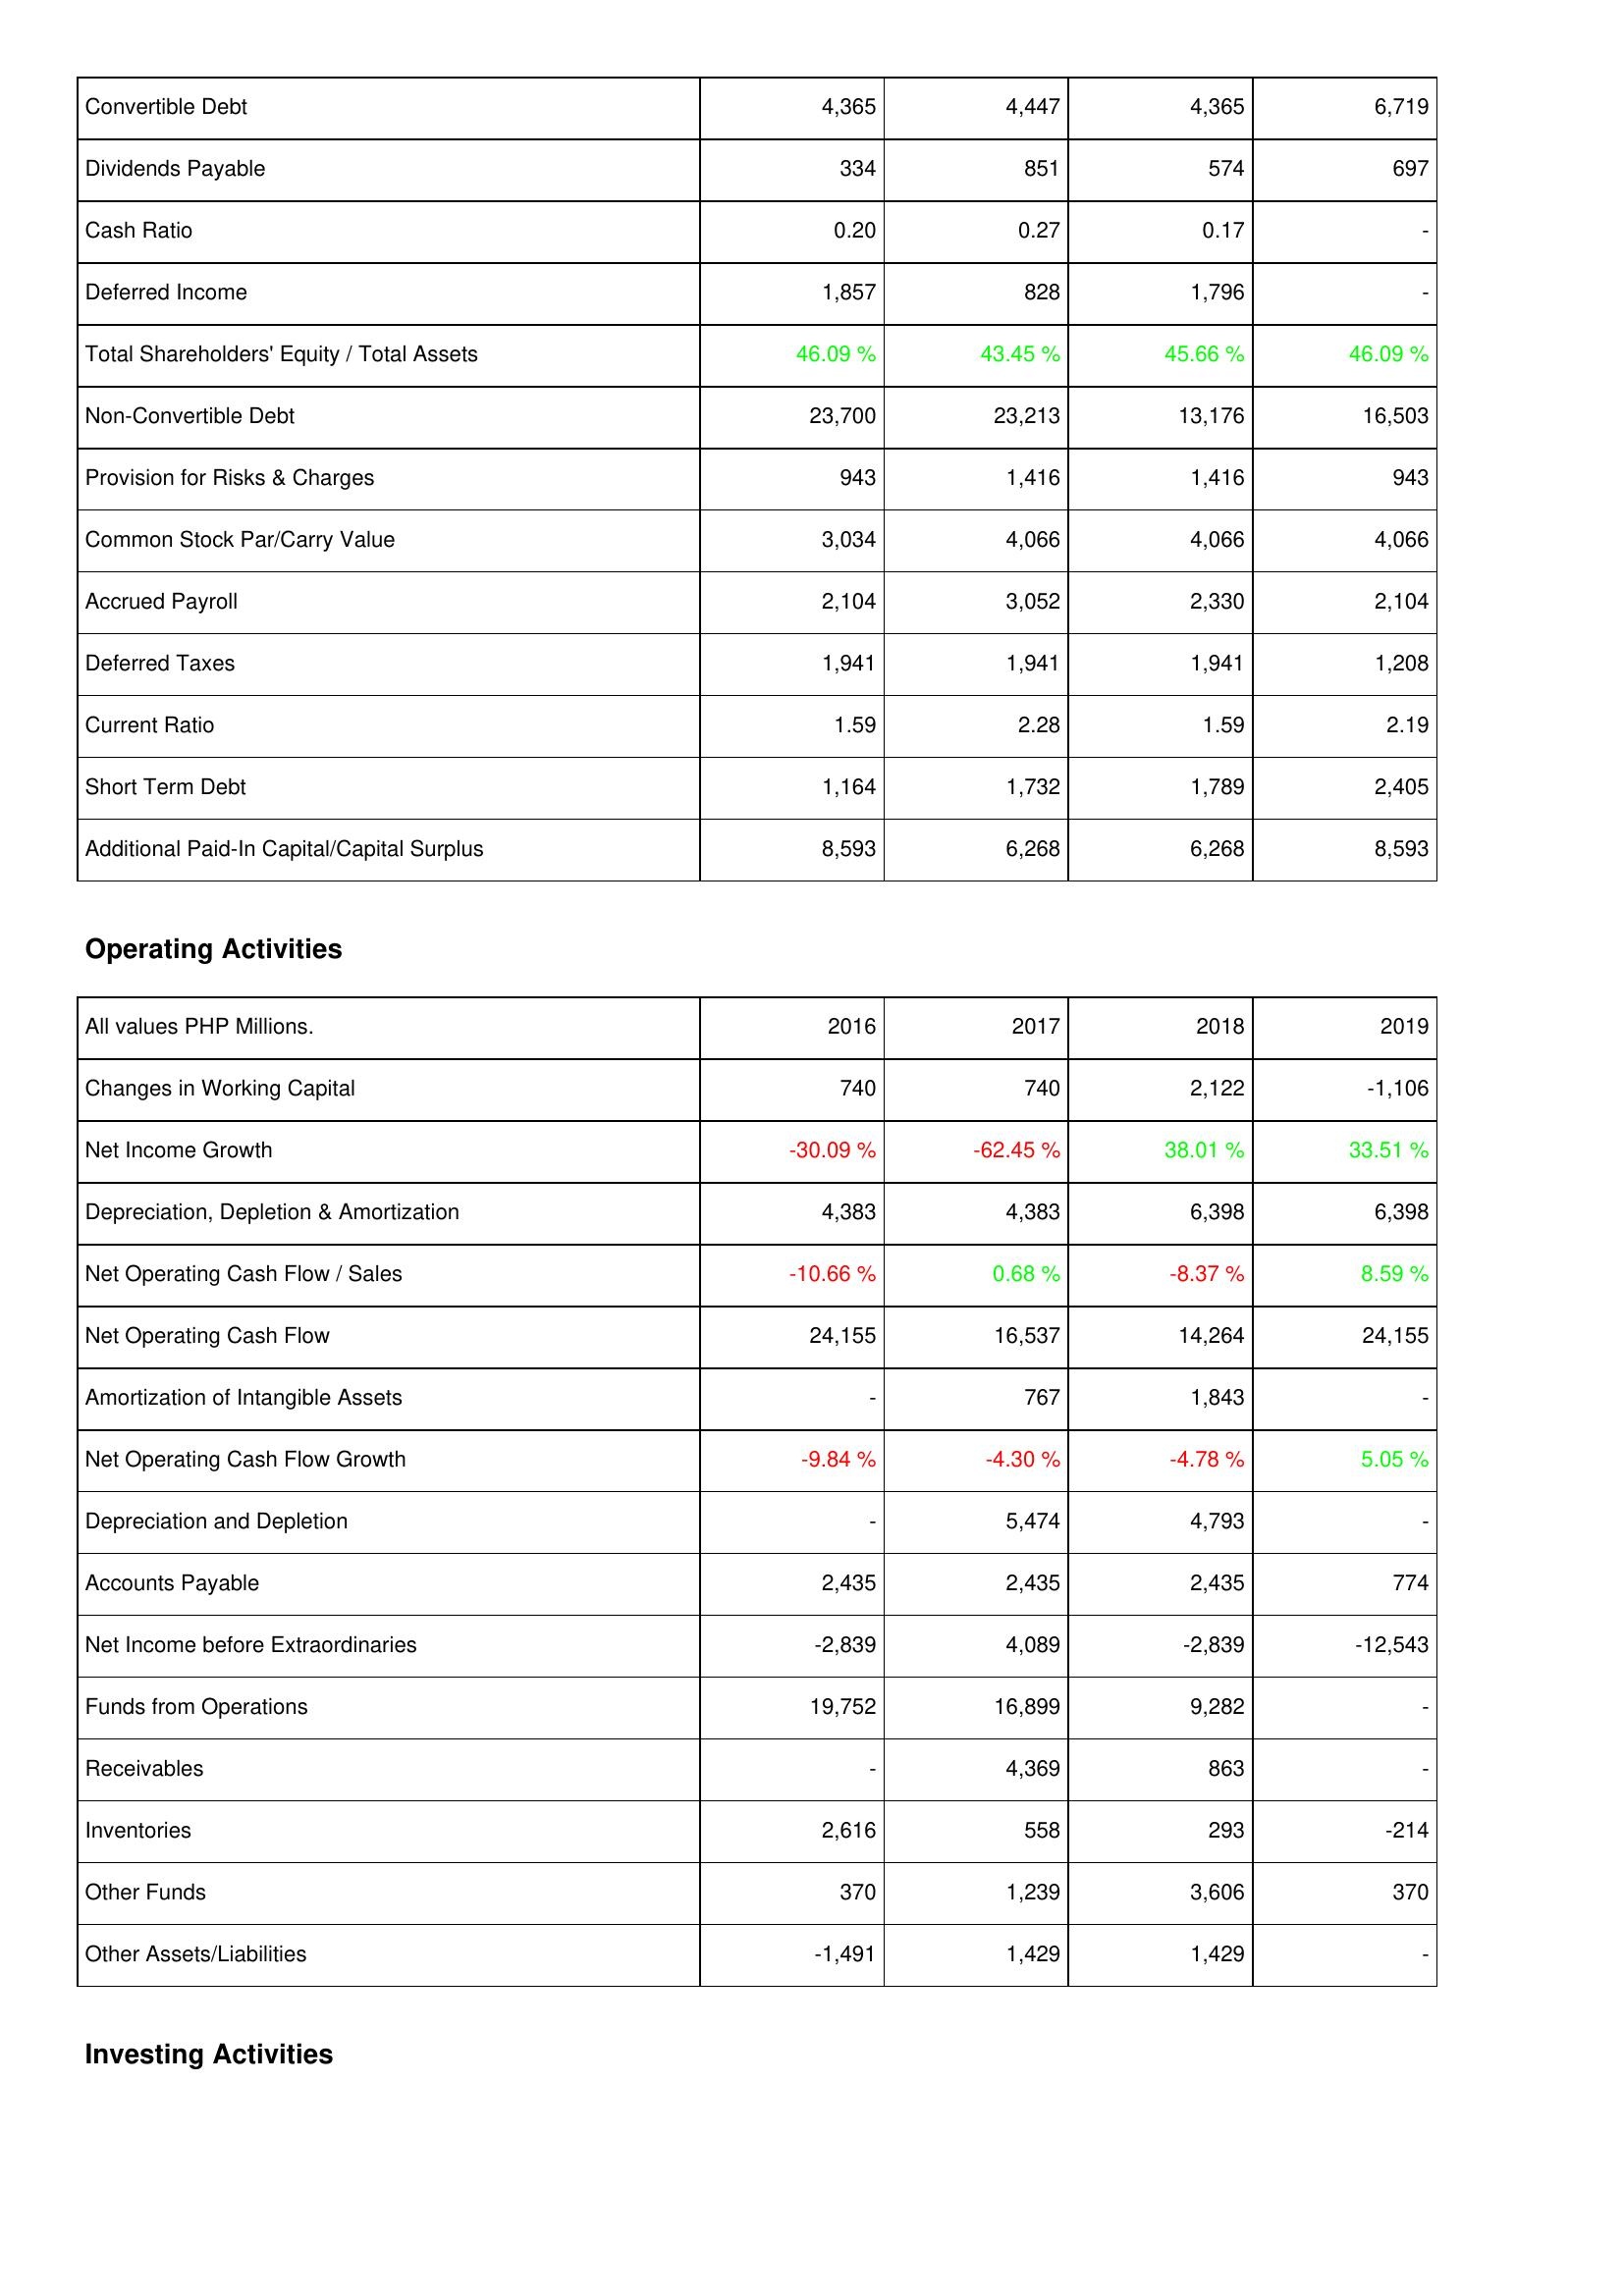
2016: Liabilities & Shareholders' Equity: Convertible Debt: 4,365
Dividends Payable: 334
Cash Ratio: 0.20
Deferred Income: 1,857
Total Shareholders' Equity / Total Assets: 46.09 %
Non-Convertible Debt: 23,700
Provision for Risks & Charges: 943
Common Stock Par/Carry Value: 3,034
Accrued Payroll: 2,104
Deferred Taxes: 1,941
Current Ratio: 1.59
Short Term Debt: 1,164
Additional Paid-In Capital/Capital Surplus: 8,593
Operating Activities: Changes in Working Capital: 740
Net Income Growth: -30.09 %
Depreciation, Depletion & Amortization: 4,383
Net Operating Cash Flow / Sales: -10.66 %
Net Operating Cash Flow: 24,155
Amortization of Intangible Assets: -
Net Operating Cash Flow Growth: -9.84 %
Depreciation and Depletion: -
Accounts Payable: 2,435
Net Income before Extraordinaries: -2,839
Funds from Operations: 19,752
Receivables: -
Inventories: 2,616
Other Funds: 370
Other Assets/Liabilities: -1,491
2017: Liabilities & Shareholders' Equity: Convertible Debt: 4,447
Dividends Payable: 851
Cash Ratio: 0.27
Deferred Income: 828
Total Shareholders' Equity / Total Assets: 43.45 %
Non-Convertible Debt: 23,213
Provision for Risks & Charges: 1,416
Common Stock Par/Carry Value: 4,066
Accrued Payroll: 3,052
Deferred Taxes: 1,941
Current Ratio: 2.28
Short Term Debt: 1,732
Additional Paid-In Capital/Capital Surplus: 6,268
Operating Activities: Changes in Working Capital: 740
Net Income Growth: -62.45 %
Depreciation, Depletion & Amortization: 4,383
Net Operating Cash Flow / Sales: 0.68 %
Net Operating Cash Flow: 16,537
Amortization of Intangible Assets: 767
Net Operating Cash Flow Growth: -4.30 %
Depreciation and Depletion: 5,474
Accounts Payable: 2,435
Net Income before Extraordinaries: 4,089
Funds from Operations: 16,899
Receivables: 4,369
Inventories: 558
Other Funds: 1,239
Other Assets/Liabilities: 1,429
2018: Liabilities & Shareholders' Equity: Convertible Debt: 4,365
Dividends Payable: 574
Cash Ratio: 0.17
Deferred Income: 1,796
Total Shareholders' Equity / Total Assets: 45.66 %
Non-Convertible Debt: 13,176
Provision for Risks & Charges: 1,416
Common Stock Par/Carry Value: 4,066
Accrued Payroll: 2,330
Deferred Taxes: 1,941
Current Ratio: 1.59
Short Term Debt: 1,789
Additional Paid-In Capital/Capital Surplus: 6,268
Operating Activities: Changes in Working Capital: 2,122
Net Income Growth: 38.01 %
Depreciation, Depletion & Amortization: 6,398
Net Operating Cash Flow / Sales: -8.37 %
Net Operating Cash Flow: 14,264
Amortization of Intangible Assets: 1,843
Net Operating Cash Flow Growth: -4.78 %
Depreciation and Depletion: 4,793
Accounts Payable: 2,435
Net Income before Extraordinaries: -2,839
Funds from Operations: 9,282
Receivables: 863
Inventories: 293
Other Funds: 3,606
Other Assets/Liabilities: 1,429
2019: Liabilities & Shareholders' Equity: Convertible Debt: 6,719
Dividends Payable: 697
Cash Ratio: -
Deferred Income: -
Total Shareholders' Equity / Total Assets: 46.09 %
Non-Convertible Debt: 16,503
Provision for Risks & Charges: 943
Common Stock Par/Carry Value: 4,066
Accrued Payroll: 2,104
Deferred Taxes: 1,208
Current Ratio: 2.19
Short Term Debt: 2,405
Additional Paid-In Capital/Capital Surplus: 8,593
Operating Activities: Changes in Working Capital: -1,106
Net Income Growth: 33.51 %
Depreciation, Depletion & Amortization: 6,398
Net Operating Cash Flow / Sales: 8.59 %
Net Operating Cash Flow: 24,155
Amortization of Intangible Assets: -
Net Operating Cash Flow Growth: 5.05 %
Depreciation and Depletion: -
Accounts Payable: 774
Net Income before Extraordinaries: -12,543
Funds from Operations: -
Receivables: -
Inventories: -214
Other Funds: 370
Other Assets/Liabilities: -